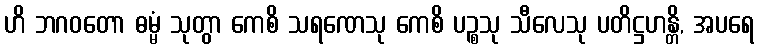
ဟိ ဘဂဝတော ဓမ္မံ သုတွာ ကေစိ သရဏေသု ကေစိ ပဉ္စသု သီလေသု ပတိဋ္ဌဟန္တိ, အပရေ